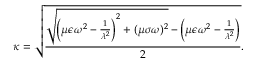
\kappa = \sqrt { \frac { \sqrt { \bigg ( \mu \epsilon \omega ^ { 2 } - \frac { 1 } { \lambda ^ { 2 } } \bigg ) ^ { 2 } + ( \mu \sigma \omega ) ^ { 2 } } - \bigg ( \mu \epsilon \omega ^ { 2 } - \frac { 1 } { \lambda ^ { 2 } } \bigg ) } { 2 } } .